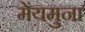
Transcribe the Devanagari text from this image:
मेंयमुना